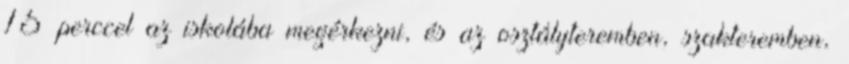
15 perccel az iskolába megérkezni, és az osztályteremben, szakteremben,